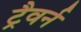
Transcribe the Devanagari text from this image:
ट्रैवर्न